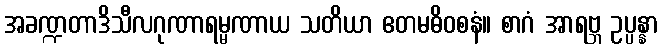
အခဏ္ဍတာဒိသီလဂုဏာရမ္မဏာယ သတိယာ ဧတမဓိဝစနံ။ စာဂံ အာရဗ္ဘ ဥပ္ပန္နာ